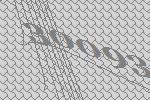
30093